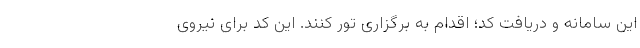
این سامانه و دریافت کد؛ اقدام به برگزاری تور کنند. این کد برای نیروی